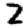
Digit: 2